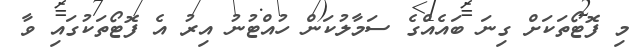
މި ފޮޓޯތަކަށް ގިނަ ބައެއްގެ ސަމާލުކަން ހުއްޓުނު އިރު އެ ފޮޓޯތަކުގައި ވާ